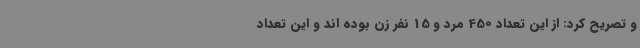
و تصریح کرد: از این تعداد 450 مرد و 15 نفر زن بوده اند و این تعداد